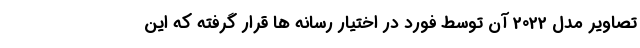
تصاویر مدل 2022 آن توسط فورد در اختیار رسانه ها قرار گرفته که این